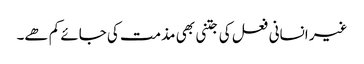
غیر انسانی فعل کی جتنی بھی مذمت کی جائے کم ھے۔